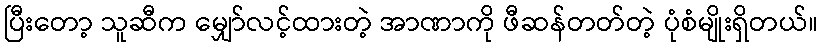
ပြီးတော့ သူဆီက မျှော်လင့်ထားတဲ့ အာဏာကို ဖီဆန်တတ်တဲ့ ပုံစံမျိုးရှိတယ်။